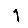
Digit: 1